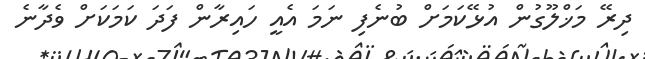
ދިރޭ މަޚްލޫގުން އުޅޭކަމަށް ބުނެފި ނަމަ އެއީ ހައިރާން ފަދަ ކަމަކަށް ވެދާނެ